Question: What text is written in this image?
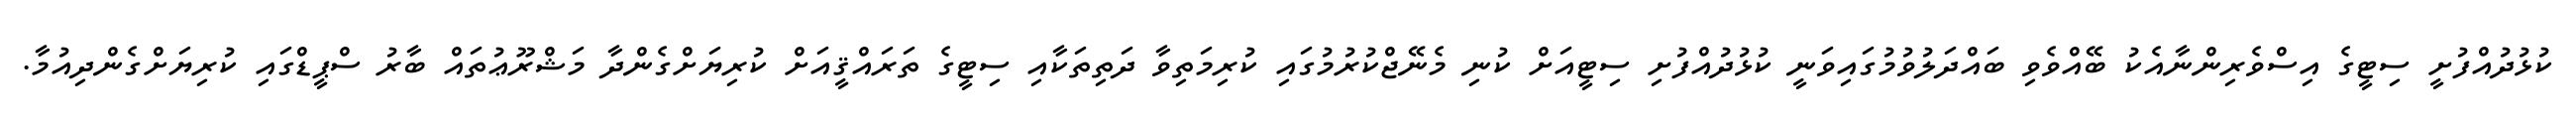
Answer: ކުޅުދުއްފުށީ ސިޓީގެ އިސްވެރިންނާއެކު ބޭއްވެވި ބައްދަލުވުމުގައިވަނީ ކުޅުދުއްފުށި ސިޓީއަށް ކުނި މެނޭޖްކުރުމުގައި ކުރިމަތިވާ ދަތިތަކާއި ސިޓީގެ ތަރައްޤީއަށް ކުރިޔަށްގެންދާ މަޝްރޫޢުތައް ބާރު ސްޕީޑްގައި ކުރިޔަށްގެންދިއުމާ.